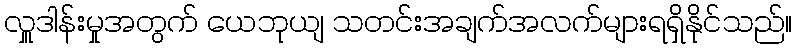
လှူဒါန်းမှုအတွက် ယေဘုယျ သတင်းအချက်အလက်များရရှိနိုင်သည်။